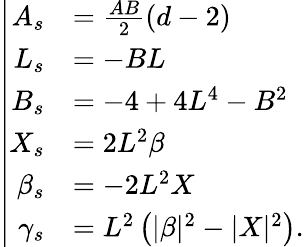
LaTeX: \left|\begin{array}{rl}{A_{s}}&{=\frac{AB}{2}(d-2)}\\ {L_{s}}&{=-BL}\\ {B_{s}}&{=-4+4L^{4}-B^{2}}\\ {X_{s}}&{=2L^{2}\beta}\\ {\beta_{s}}&{=-2L^{2}X}\\ {\gamma_{s}}&{=L^{2}\left(|\beta|^{2}-|X|^{2}\right).}\end{array}\right.